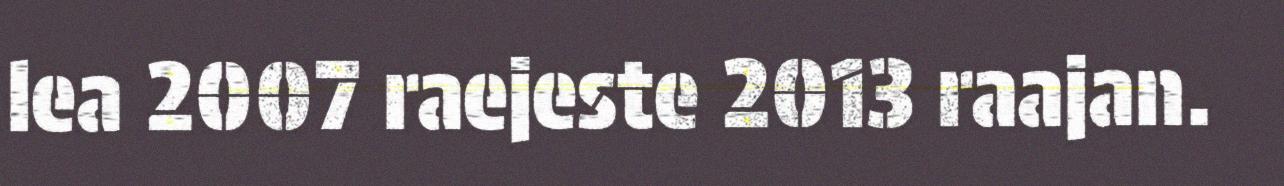
lea 2007 raejeste 2013 raajan.